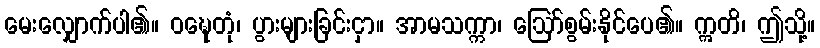
မေးလျှောက်ပါ၏။ ဝဍ္ဎေတုံ၊ ပွားများခြင်းငှာ။ အာမသက္ကာ၊ ဩော်စွမ်းနိုင်ပေ၏။ ဣတိ၊ ဤသို့။